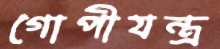
গোপীযন্ত্র